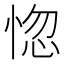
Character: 惚